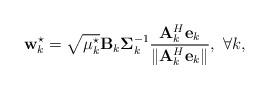
LaTeX: \begin{align*} {{\bf{w}}_k^{\star}} = \sqrt {{\mu _k^{\star}}} {{\bf{B}}_k}{\bf{\Sigma }}_k^{ - 1}\frac{{{\bf{A}}_k^H{{\bf{e}}_k}}}{{\left\| {{\bf{A}}_k^H{{\bf{e}}_k}} \right\|}}, \ \forall k, \end{align*}